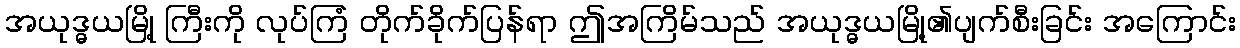
အယုဒ္ဓယမြို့ ကြီးကို လုပ်ကြံ တိုက်ခိုက်ပြန်ရာ ဤအကြိမ်သည် အယုဒ္ဓယမြို့၏ပျက်စီးခြင်း အကြောင်း